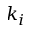
k _ { i }